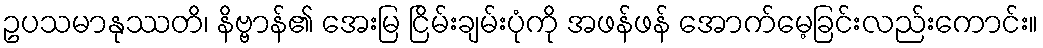
ဥပသမာနုဿတိ၊ နိဗ္ဗာန်၏ အေးမြ ငြိမ်းချမ်းပုံကို အဖန်ဖန် အောက်မေ့ခြင်းလည်းကောင်း။